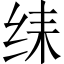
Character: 𱺛